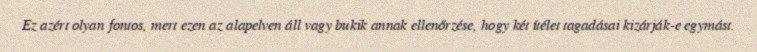
Ez azért olyan fontos, mert ezen az alapelven áll vagy bukik annak ellenőrzése, hogy két ítélet tagadásai kizárják-e egymást.